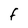
Character: F